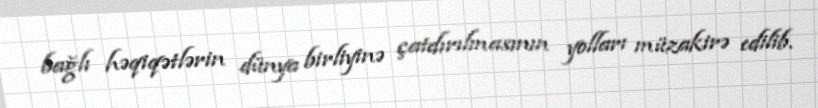
bağlı həqiqətlərin dünya birliyinə çatdırılmasının yolları müzakirə edilib.